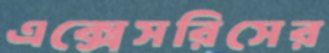
এক্সেসরিসের